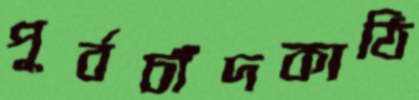
পূর্বচাঁদকাঠি